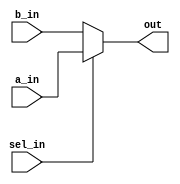
`timescale 1ns / 1ps
//////////////////////////////////////////////////////////////////////////////////
// Company: 
// Engineer: 
// 
// Design Name: 
// Module Name: mux_2to1
// Project Name: 
// Target Devices: 
// Tool Versions: 
// Description: 
// 
// Dependencies: 
// 
// Revision:
// Revision 0.01 - File Created
// Additional Comments:
// 
//////////////////////////////////////////////////////////////////////////////////


module mux_2to1(
                input a_in,
                input b_in,
                input sel_in,
                output reg out);
always@*
begin
    if(sel_in)
    out= a_in;
    else
    out= b_in;
end                
endmodule